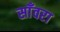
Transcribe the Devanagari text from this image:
साँवरा